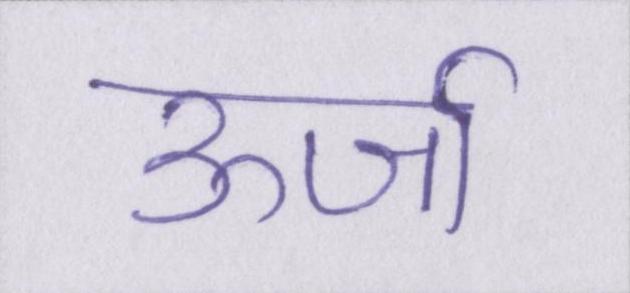
ऊर्जा